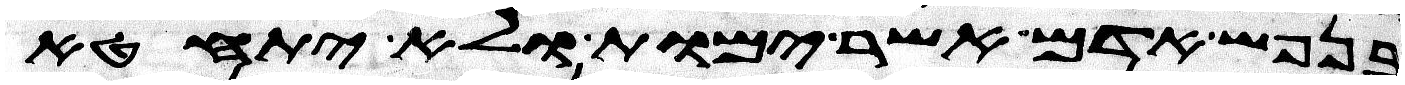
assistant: בנפש אדם אשר ימות ולא יתחטא